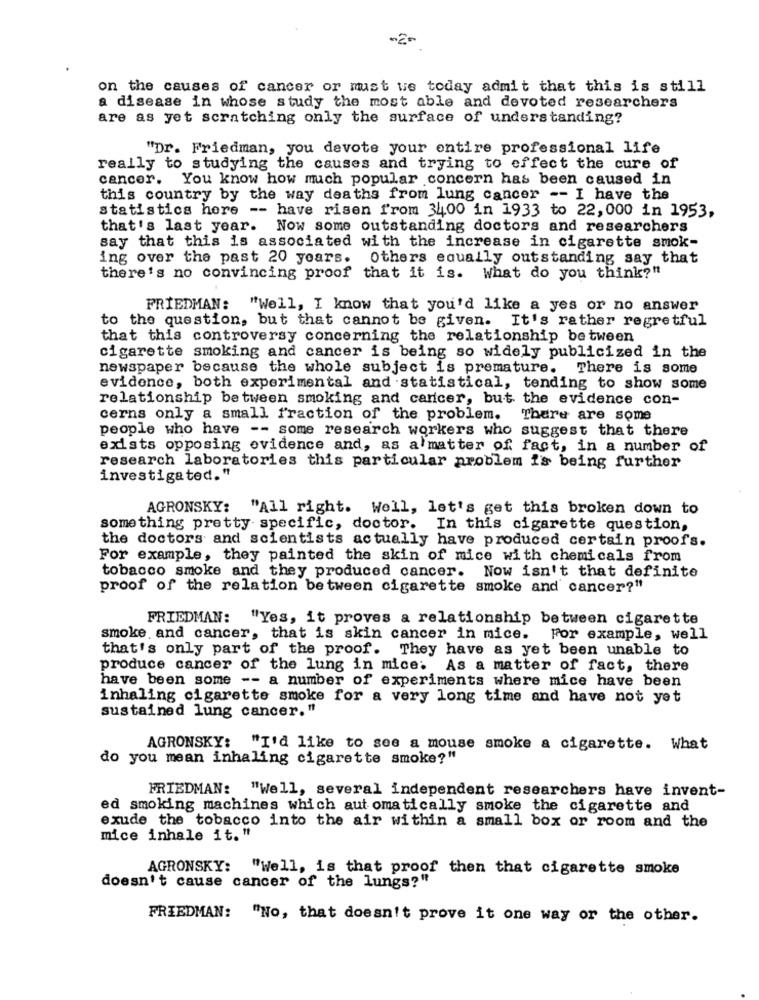
-2-
on the causes of cancer or must us today admit that this is still
a disease in whose study the most able and devoted researchers
are as yet scratching only the surface of understanding?
"Dr. Friedman, you devote your entire professional life
really to studying the causes and trying to effect the cure of
cancer. You know how much popular concern has been caused in
this country by the way deaths from lung cancer -- I have the
statistics hore -- have risen from 3400 in 1933 to 22, 000 in 1953,
that's last year. Now some outstanding doctors and researchers
say that this is associated with the increase in cigarette smok-
ing over the past 20 years. Others equally outstanding say that
there's no convincing proof that it is. What do you think?"
FRIEDMAN: "Well, I know that you'd like a yes or no answer
to the question, but that cannot be given. It's rather regretful
that this controversy concerning the relationship between
cigarette smoking and cancer is being so widely publicized in the
newspaper because the whole subject is premature. There is some
evidence, both experimental and statistical, tending to show some
relationship between smoking and cancer, but the evidence con-
cerns only a small fraction of the problem. There are some
people who have -- some research workers who suggest that there
exists opposing evidence and, as a matter of fact, in a number of
research laboratories this particular problem is being further
investigated."
AGRONSKY: "All right. Well, let's get this broken down to
something pretty specific, doctor. In this cigarette question,
the doctors and scientists actually have produced certain proofs.
For example, they painted the skin of mice with chemicals from
tobacco smoke and they produced cancer. Now isn't that definite
proof of the relation between cigarette smoke and cancer?"
FRIEDMAN: "Yes, it proves a relationship between cigarette
smoke and cancer, that is skin cancer in mice.
For example, well
that's only part of the proof. They have as yet been unable to
produce cancer of the lung in mice:
As a matter of fact, there
have been some -- a number of experiments where mice have been
inhaling cigarette smoke for a very long time and have not yet
sustained lung cancer."
AGRONSKY:
"I'd like to see a mouse smoke a cigarette. What
do you mean inhaling cigarette smoke?"
FRIEDMAN:
"Well, several independent researchers have invent-
ed smoking machines which aut omatically smoke the cigarette and
exude the tobacco into the air within a small box or room and the
mice inhale it. "
AGRONSKY: "Well, is that proof then that cigarette smoke
doesn't cause cancer of the lungs?"
FRIEDMAN: "No, that doesn't prove it one way or the other.